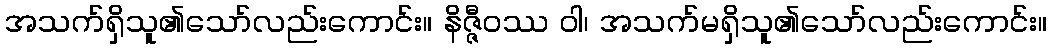
အသက်ရှိသူ၏သော်လည်းကောင်း။ နိဇ္ဇီဝဿ ဝါ၊ အသက်မရှိသူ၏သော်လည်းကောင်း။